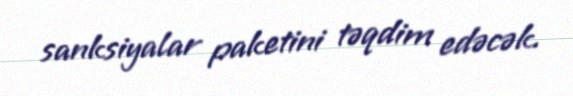
sanksiyalar paketini təqdim edəcək.